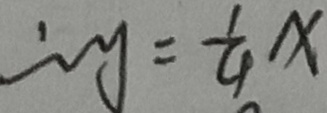
\therefore y = \frac { 1 } { 4 } x